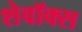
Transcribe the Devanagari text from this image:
शेवॉक्स